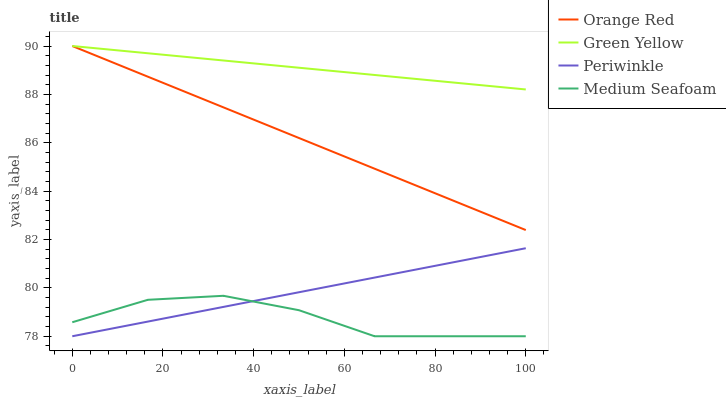
| xaxis_label | Orange Red | Green Yellow | Periwinkle | Medium Seafoam |
 | --- | --- | --- | --- | --- |
 | 0 | 90 | 90 | 78 | 78.6 |
 | 16.7 | 88.7 | 89.7 | 78.6 | 79.5 |
 | 33.3 | 87.5 | 89.4 | 79.2 | 79.7 |
 | 50 | 86.2 | 89.1 | 79.8 | 79.1 |
 | 66.7 | 84.9 | 88.8 | 80.4 | 78 |
 | 83.3 | 83.7 | 88.5 | 81 | 78 |
 | 100 | 82.4 | 88.2 | 81.6 | 78 |